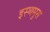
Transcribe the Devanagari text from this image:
इस्थमुस